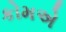
કોમએ